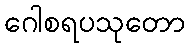
ဂေါစရပသုတော